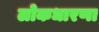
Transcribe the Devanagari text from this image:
लोकधारणा